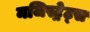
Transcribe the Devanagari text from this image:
मजिस्ट्रेट्स